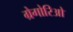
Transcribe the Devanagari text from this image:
ग्रेगोरिओ